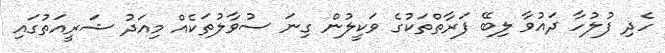
ހެދި ފުލުހާ ދައުވާ ލިބޭ ފަރާތްތަކުގެ ވަކީލުން ގިނަ ސުވާލުތަކެއް މިއަދު ޝަރީއަތުގައި